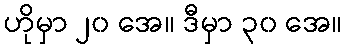
ဟိုမှာ ၂၀ အေ။ ဒီမှာ ၃၀ အေ။